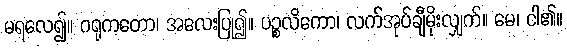
မရလေ၍။ ဂရုကတော၊ အလေးပြု၍။ ပဉ္စလိကော၊ လက်အုပ်ချီမိုးလျှက်။ မေ၊ ငါ၏။